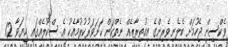
ވެކްސިން ޖެހުމަށް ބެލެނިވެރިންގެ އިއުތިރާޒެއް ނެތްކަން ކަށަވަރުކުރުމާއެކު އެ ސްކޫލެއްގައި ކިޔަވާ 12